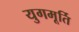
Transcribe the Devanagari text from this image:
युगमूर्ति